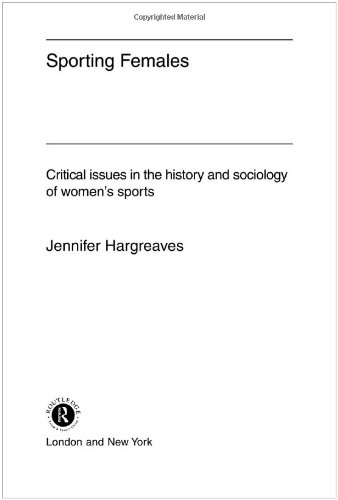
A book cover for Sporting Females: Critical Issues in the History and Sociology of Women's Sport; Jennifer Hargreaves; Sports & Outdoors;